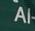
al